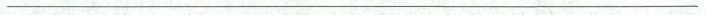
___